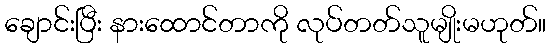
ချောင်းပြီး နားထောင်တာကို လုပ်တတ်သူမျိုးမဟုတ်။